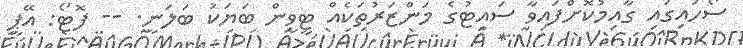
ސޯހައިގައި ގާއިމުކޮށްފައިވާ ސައިޓުގެ މަންޒަރުތަކެއް ޓީވީން ބަޔަކު ބަލަނީ. -- ފޮޓޯ: އޭޕީ